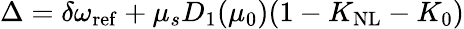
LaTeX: \Delta=\delta\omega_{\mathrm{ref}}+\mu_{s}D_{1}(\mu_{0})(1-K_{\mathrm{NL}}-K_{0})